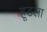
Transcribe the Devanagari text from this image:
हूडला